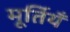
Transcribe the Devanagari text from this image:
मूर्तियँ